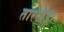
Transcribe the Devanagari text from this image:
तारखेडा